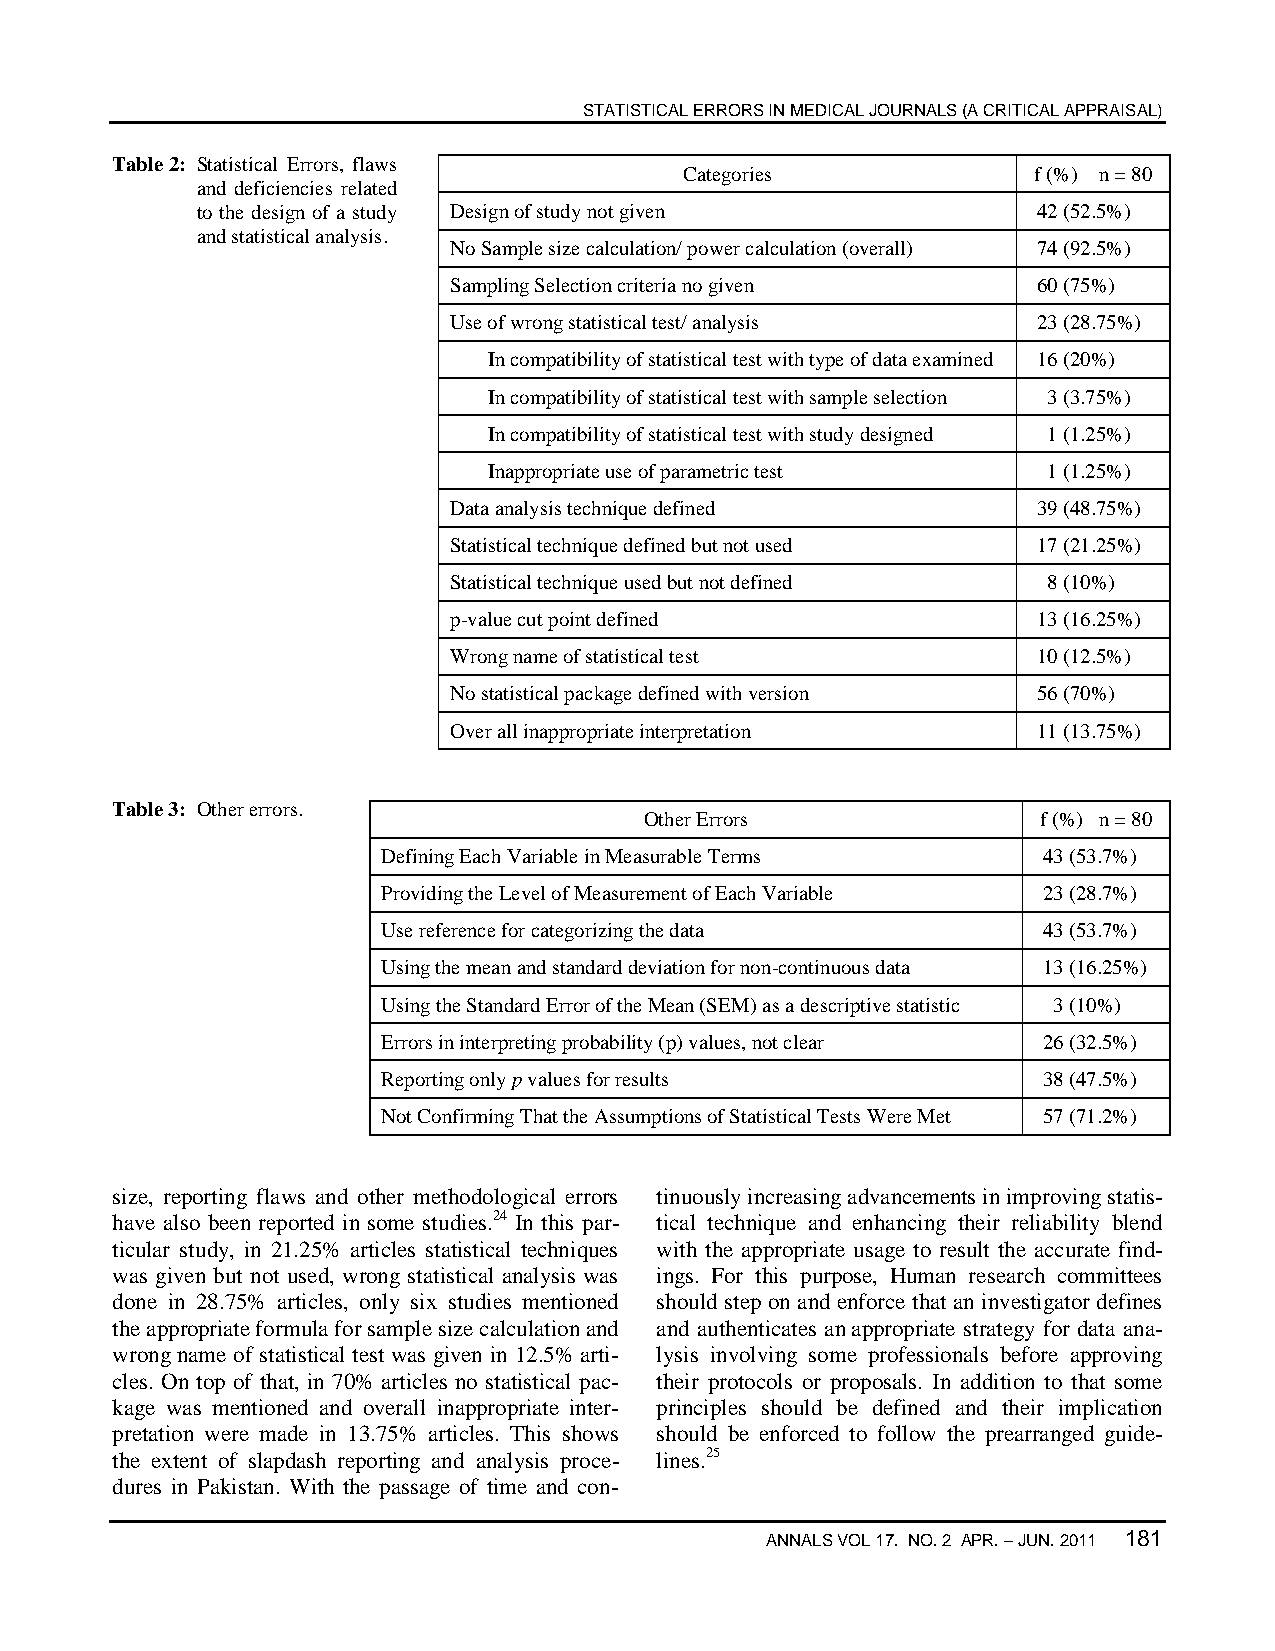
STATISTICAL ERRORS IN MEDICAL JOURNALS (A CRITICAL APPRAISAL)
 Table 2: Statistical Errors, flaws
 Categories             f (%) n = 80
 and deficiencies related
 to the design of a study Design of study not given      42 (52.5%)
 and statistical analysis.
 No Sample size calculation/ power calculation (overall) 74 (92.5%)
 Sampling Selection criteria no given   60 (75%)
 Use of wrong statistical test/ analysis 23 (28.75%)
 In compatibility of statistical test with type of data examined 16 (20%)
 In compatibility of statistical test with sample selection 3 (3.75%)
 In compatibility of statistical test with study designed 1 (1.25%)
 Inappropriate use of parametric test 1 (1.25%)
 Data analysis technique defined        39 (48.75%)
 Statistical technique defined but not used 17 (21.25%)
 Statistical technique used but not defined 8 (10%)
 p-value cut point defined              13 (16.25%)
 Wrong name of statistical test         10 (12.5%)
 No statistical package defined with version 56 (70%)
 Over all inappropriate interpretation  11 (13.75%)
 Table 3: Other errors.
 Other Errors              f (%) n = 80
 Defining Each Variable in Measurable Terms  43 (53.7%)
 Providing the Level of Measurement of Each Variable 23 (28.7%)
 Use reference for categorizing the data     43 (53.7%)
 Using the mean and standard deviation for non-continuous data 13 (16.25%)
 Using the Standard Error of the Mean (SEM) as a descriptive statistic 3 (10%)
 Errors in interpreting probability (p) values, not clear 26 (32.5%)
 Reporting only p values for results         38 (47.5%)
 Not Confirming That the Assumptions of Statistical Tests Were Met 57 (71.2%)
 size, reporting flaws and other methodological errors tinuously increasing advancements in improving statis-
 have also been reported in some studies.24 In this par- tical technique and enhancing their reliability blend
 ticular study, in 21.25% articles statistical techniques with the appropriate usage to result the accurate find-
 was given but not used, wrong statistical analysis was ings. For this purpose, Human research committees
 done in 28.75% articles, only six studies mentioned should step on and enforce that an investigator defines
 the appropriate formula for sample size calculation and and authenticates an appropriate strategy for data ana-
 wrong name of statistical test was given in 12.5% arti- lysis involving some professionals before approving
 cles. On top of that, in 70% articles no statistical pac- their protocols or proposals. In addition to that some
 kage was mentioned and overall inappropriate inter- principles should be defined and their implication
 pretation were made in 13.75% articles. This shows should be enforced to follow the prearranged guide-
 the extent of slapdash reporting and analysis proce- lines.25
 dures in Pakistan. With the passage of time and con-
 ANNALS VOL 17. NO. 2 APR. – JUN. 2011 181